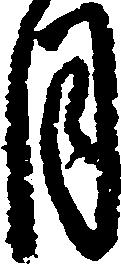
月